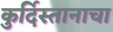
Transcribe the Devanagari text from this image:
कुर्दिस्तानाचा